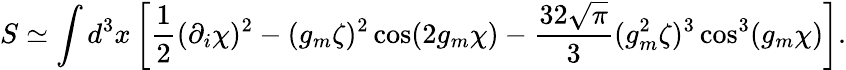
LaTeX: S\simeq\int d^{3}x\left[\frac 12(\partial_{i}\chi)^{2}-(g_{m}\zeta)^{2}\cos(2g_{m}\chi)-\frac{32\sqrt{\pi}}{3}(g_{m}^{2}\zeta)^{3}\cos^{3}(g_{m}\chi)\right].